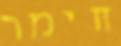
חימר